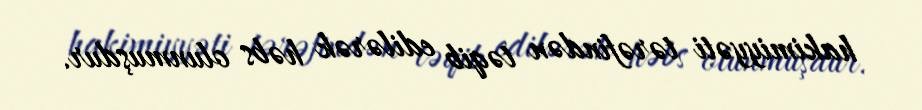
hakimiyyəti tərəfindən təqib edilərək həbs olunmuşdur.